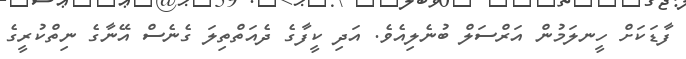
ފާޑަކަށް ހީނލަމުން އަރްސަލް ބުނެލިއެވެ. އަދި ކީފާގެ ދެއަތްތިލަ ގެނެސް އޭނާގެ ނިތްކުރީގެ